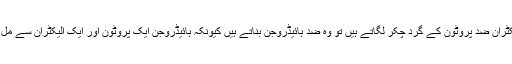
جب ضد الیکٹران ضد پروٹون کے گرد چکر لگاتے ہیں تو وہ ضد ہائیڈروجن بناتے ہیں کیونکہ ہائیڈروجن ایک پروٹون اور ایک الیکٹران سے مل کر بنتا ہے۔